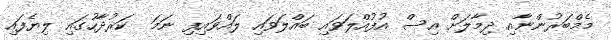
މެމްބަރުންނާއި ދިމާލަށް އިސް އުފުއްލަވައި ބައްލަވައި ލައްވައިފި ނަމަ  ކަރުދާހުގައި ލިޔެފައި